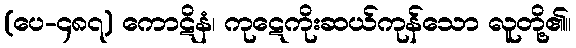
(ပေ-၄၈၇) ကောဋိနံ၊ ကုဋေကိုးဆယ်ကုန်သော လူတို့၏။